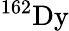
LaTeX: ^{162}\mathrm{Dy}